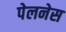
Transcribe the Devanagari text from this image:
पेलनेस